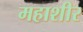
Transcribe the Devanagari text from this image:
महाशीर